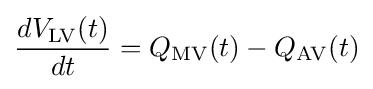
{\frac {dV_{\mathrm {LV} }(t)}{dt}}=Q_{\mathrm {MV} }(t)-Q_{\mathrm {AV} }(t)